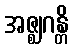
အဇ္ဈဂန္တိ